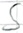
Text: S